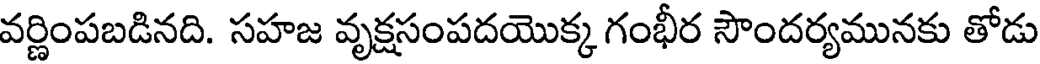
వర్ణింపబడినది. సహజ వృక్షసంపదయొక్క గంభీర సౌందర్యమునకు తోడు